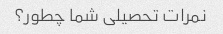
نمرات تحصیلی شما چطور؟